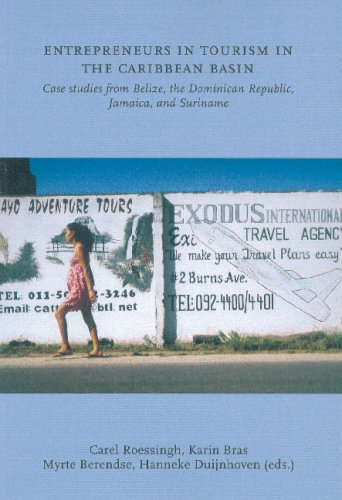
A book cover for Entrepreneurs in Tourism in the Caribbean Basin: Case Studies from Belize, the Dominican Republic, Jamaica, and Suriname; Karin Bras; Travel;